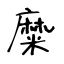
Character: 糜